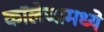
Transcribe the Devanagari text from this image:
कॉलेजामध्ये